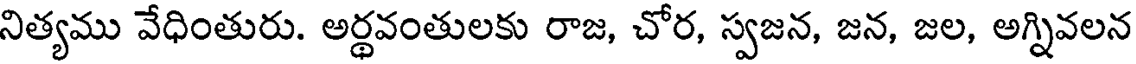
నిత్యము వేధింతురు. అర్ధవంతులకు రాజ, చోర, స్వజన, జన, జల, అగ్నివలన